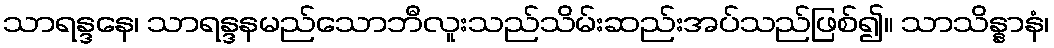
သာရန္ဒနေ၊ သာရန္ဒနမည်သောဘီလူးသည်သိမ်းဆည်းအပ်သည်ဖြစ်၍။ သာသိန္နာနံ၊